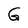
Character: G